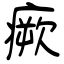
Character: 瘚